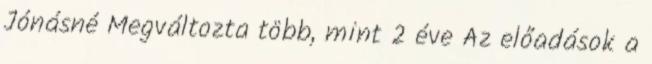
Jónásné Megváltozta több, mint 2 éve Az előadások a